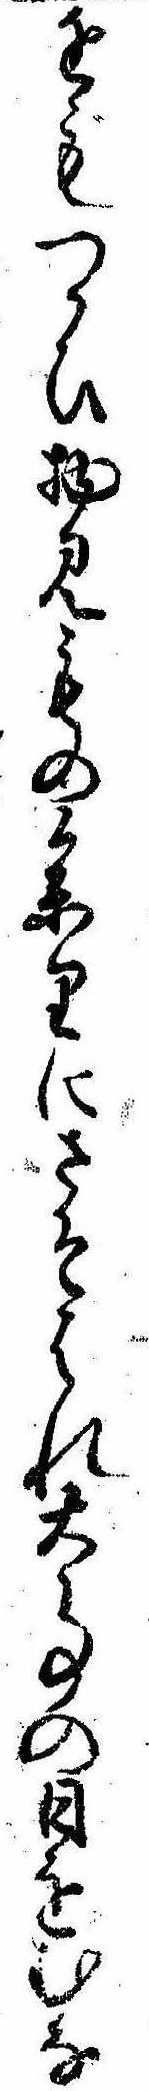
をもつかひ物見もの参りにさそはれ大事の日をむな